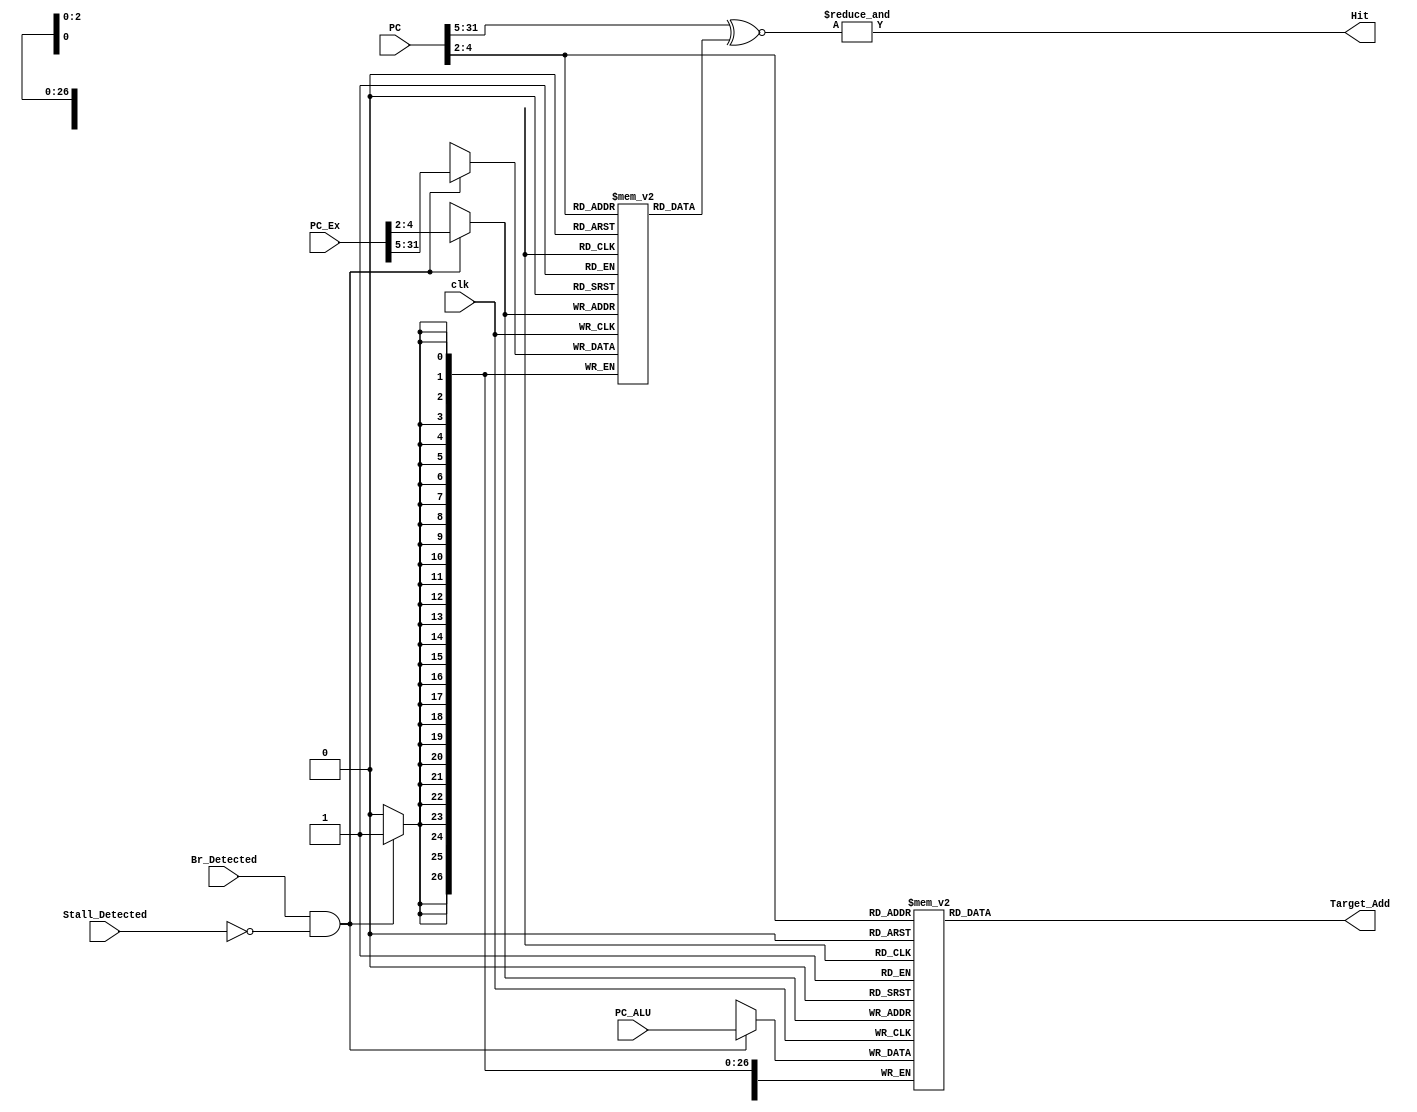
module Branch_Target (
    PC,
    PC_Ex,
    PC_ALU,
    Br_Detected,
    clk,
    Hit,
    Target_Add,
    Stall_Detected
);
/****************** Decleration ******************/
    parameter WIDTH_DATA_LENGTH = 32;
    parameter WIDTH_TAG_LENGTH = 32-2-3;
    parameter WIDTH_ENTRY_LENTH = 3;
    parameter ENTRY_DEPTH_LENGTH = 1<<3;
    input [WIDTH_DATA_LENGTH - 1:0] PC;
    input [WIDTH_DATA_LENGTH - 1:0] PC_Ex;
    input [WIDTH_DATA_LENGTH - 1:0] PC_ALU;
    input Br_Detected;
    input clk;
    input Stall_Detected;
    output reg Hit;
    output reg [WIDTH_DATA_LENGTH - 1:0] Target_Add;

    reg [WIDTH_TAG_LENGTH - 1: 0] TAG [0: ENTRY_DEPTH_LENGTH - 1];
    reg [WIDTH_DATA_LENGTH - 1:0] PR_PC [0: ENTRY_DEPTH_LENGTH - 1];

    wire [WIDTH_ENTRY_LENTH - 1:0] Entry;
    wire [WIDTH_ENTRY_LENTH - 1:0] Entry_Ex;
    wire [WIDTH_TAG_LENGTH - 1:0] PC_tag;
    wire [WIDTH_TAG_LENGTH - 1:0] PC_tag_Ex;
    wire [WIDTH_TAG_LENGTH - 1:0] PC_tagT;
/****************** Initialize ******************/  
    integer i;
    initial begin
        for (i = 0; i < ENTRY_DEPTH_LENGTH; i = i + 1) begin
            TAG [i] = 32'h0;
            PR_PC[i] = 32'h0;
        end
    end
/****************** Assign ******************/  
    assign Entry = PC[WIDTH_ENTRY_LENTH - 1 + 2: 0 + 2];
    assign Entry_Ex = PC_Ex[WIDTH_ENTRY_LENTH - 1 + 2: 0 + 2];
    assign PC_tag = PC[WIDTH_DATA_LENGTH - 1: WIDTH_ENTRY_LENTH + 2];
    assign PC_tag_Ex = PC_Ex[WIDTH_DATA_LENGTH - 1: WIDTH_ENTRY_LENTH + 2];
    assign PC_tagT = TAG[Entry];
    assign Target_Add = PR_PC[Entry];
    assign Hit = &(PC_tag ~^ PC_tagT);

/****************** Always function ******************/  
    always @(posedge clk ) begin
        if(Br_Detected & (!Stall_Detected)) begin
            TAG[Entry_Ex] = PC_tag_Ex;
            PR_PC[Entry_Ex] = PC_ALU;
        end
    end
endmodule